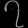
Digit: ၇